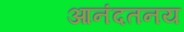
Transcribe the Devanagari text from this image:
आनंदतनय